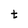
Character: t